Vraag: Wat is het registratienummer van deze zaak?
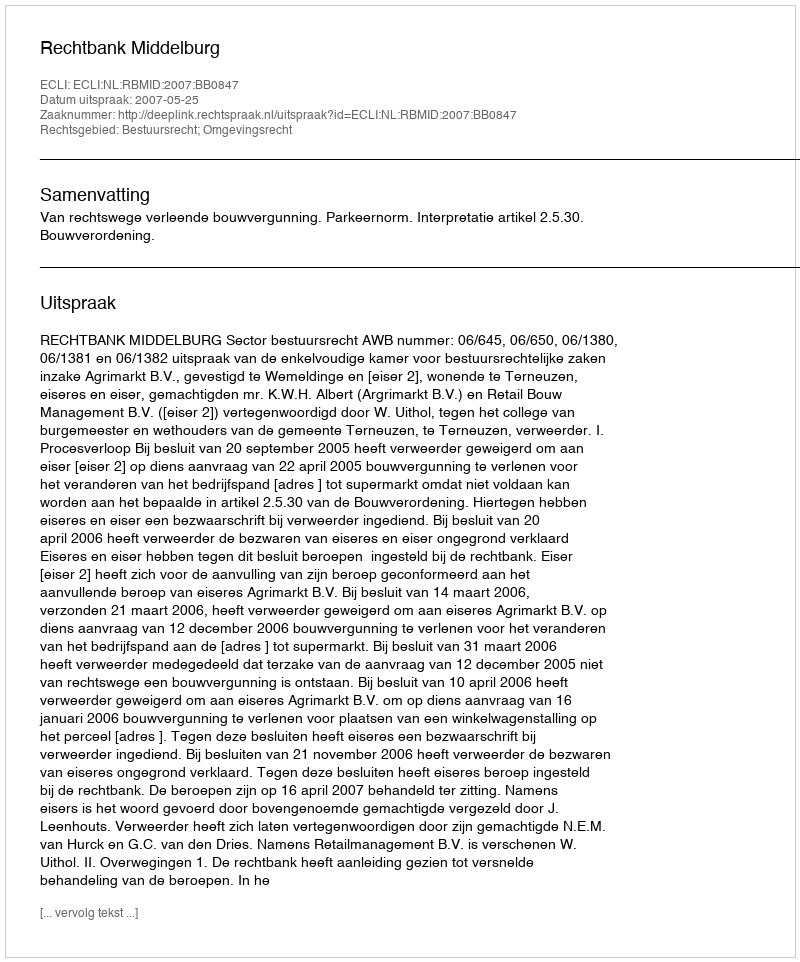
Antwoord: http://deeplink.rechtspraak.nl/uitspraak?id=ECLI:NL:RBMID:2007:BB0847